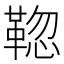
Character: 𩋚